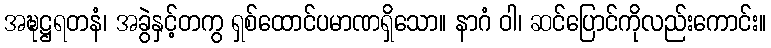
အဍ္ဎဋ္ဌရတနံ၊ အခွဲနှင့်တကွ ရှစ်ထောင်ပမာဏရှိသော။ နာဂံ ဝါ၊ ဆင်ပြောင်ကိုလည်းကောင်း။